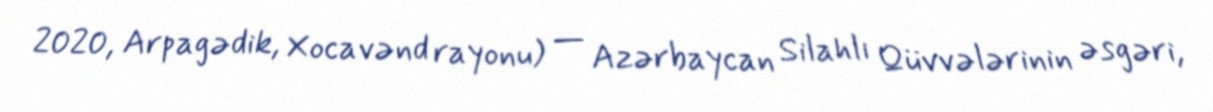
2020, Arpagədik, Xocavənd rayonu) — Azərbaycan Silahlı Qüvvələrinin əsgəri,